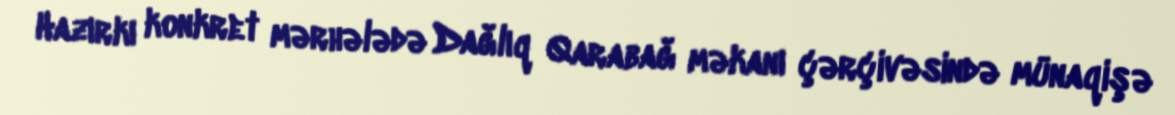
Hazırkı konkret mərhələdə Dağlıq Qarabağ məkanı çərçivəsində münaqişə